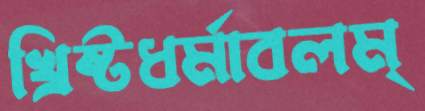
খ্রিষ্টধর্মাবলম্